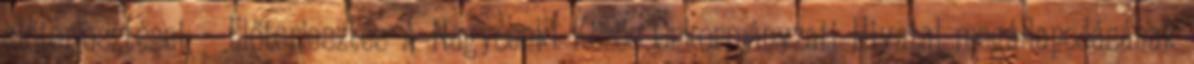
előterjesztései: - Előterjesztés A Nagycenki Közös Önkormányzati Hivatal megállapodásának